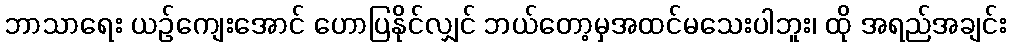
ဘာသာရေး ယဉ်ကျေးအောင် ဟောပြနိုင်လျှင် ဘယ်တော့မှအထင်မသေးပါဘူး၊ ထို အရည်အချင်း